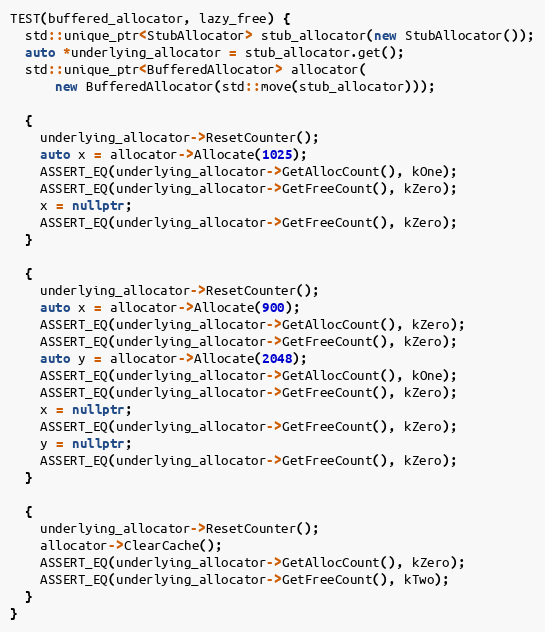
Language: C++
TEST(buffered_allocator, lazy_free) {
  std::unique_ptr<StubAllocator> stub_allocator(new StubAllocator());
  auto *underlying_allocator = stub_allocator.get();
  std::unique_ptr<BufferedAllocator> allocator(
      new BufferedAllocator(std::move(stub_allocator)));

  {
    underlying_allocator->ResetCounter();
    auto x = allocator->Allocate(1025);
    ASSERT_EQ(underlying_allocator->GetAllocCount(), kOne);
    ASSERT_EQ(underlying_allocator->GetFreeCount(), kZero);
    x = nullptr;
    ASSERT_EQ(underlying_allocator->GetFreeCount(), kZero);
  }

  {
    underlying_allocator->ResetCounter();
    auto x = allocator->Allocate(900);
    ASSERT_EQ(underlying_allocator->GetAllocCount(), kZero);
    ASSERT_EQ(underlying_allocator->GetFreeCount(), kZero);
    auto y = allocator->Allocate(2048);
    ASSERT_EQ(underlying_allocator->GetAllocCount(), kOne);
    ASSERT_EQ(underlying_allocator->GetFreeCount(), kZero);
    x = nullptr;
    ASSERT_EQ(underlying_allocator->GetFreeCount(), kZero);
    y = nullptr;
    ASSERT_EQ(underlying_allocator->GetFreeCount(), kZero);
  }

  {
    underlying_allocator->ResetCounter();
    allocator->ClearCache();
    ASSERT_EQ(underlying_allocator->GetAllocCount(), kZero);
    ASSERT_EQ(underlying_allocator->GetFreeCount(), kTwo);
  }
}